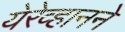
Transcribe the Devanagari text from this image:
येरेव्हानने